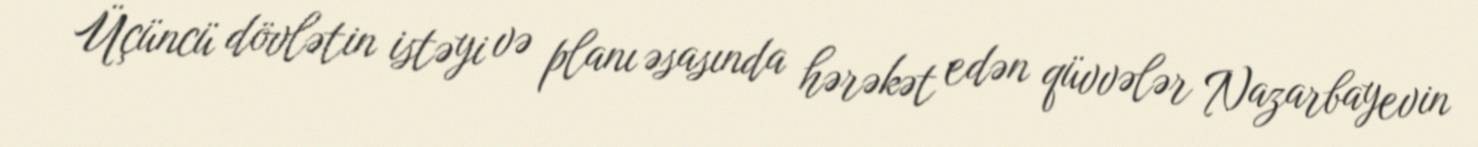
Üçüncü dövlətin istəyi və planı əsasında hərəkət edən qüvvələr Nazarbayevin